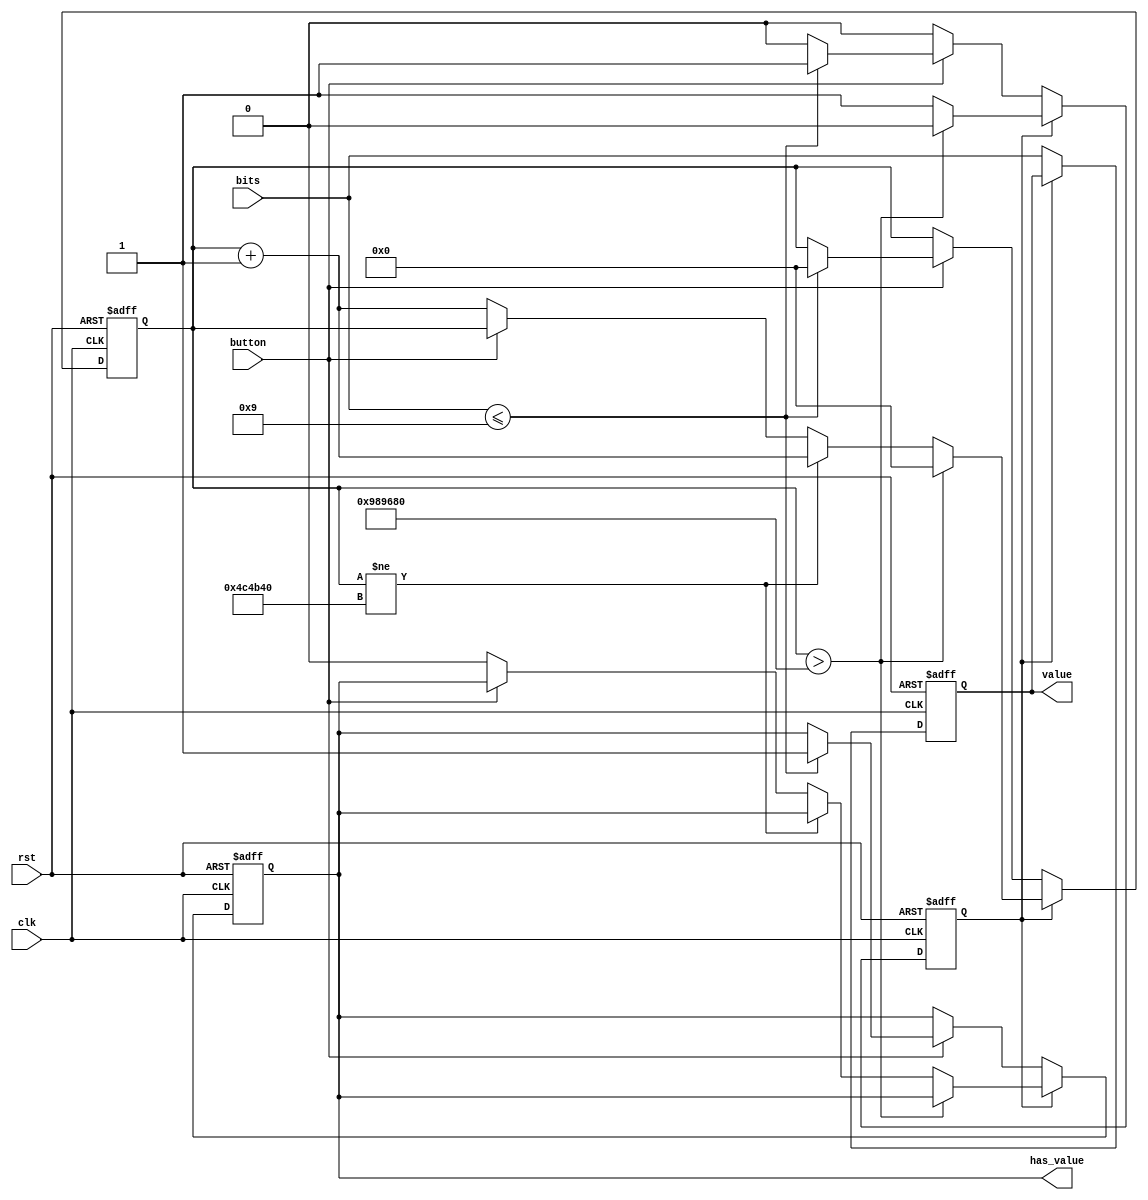
`timescale 1ns / 1ps
//////////////////////////////////////////////////////////////////////////////////
// Company: 
// Engineer: 
// 
// Design Name: 
// Module Name: reader
// Project Name: 
// Target Devices: 
// Tool Versions: 
// Description: 
// 
// Dependencies: 
// 
// Revision:
// Revision 0.01 - File Created
// Additional Comments:
// 
//////////////////////////////////////////////////////////////////////////////////


module reader(
    input clk,
    input [3:0] bits,
    input button,
    input rst,
    output reg has_value,
    output reg [3:0] value
    );
    parameter PUSH_DELAY_TICKS = 5000000;
    parameter RELEASE_DELAY_TICKS = 10000000;
    reg [31:0] ticks = 32'd0;
    reg delay = 1'b1;

    // assign has_value = delay;

    always @(negedge clk, negedge rst) begin
        if (~rst) begin
            delay <= 1'b0;
            ticks <= 32'h0;
            value <= 4'h0;
            has_value <= 1'b0;
        end
        else begin
            if (delay) begin
                if (ticks > RELEASE_DELAY_TICKS) begin
                    delay <= 1'b0;
                    ticks <= 32'h0;
                end
                else if (ticks != PUSH_DELAY_TICKS) begin
                    ticks <= ticks + 32'h1;
                end
                else begin
                    if (~button) begin
                        ticks <= ticks + 32'h1;
                        has_value <= 1'b0;
                    end
                end
            end
            else begin
                value <= bits;
                if (button) begin
                    if (bits <= 4'h9) begin
                        ticks <= 32'h0;
                        delay <= 1'b1;
                        value <= bits;
                        has_value <= 1'b1;
                    end
                end
            end
        end
    end
endmodule